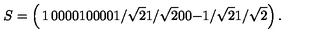
S = \left( \begin{matrix} { 1 } & { 0 } & { 0 } & { 0 } \\ { 0 } & { 1 } & { 0 } & { 0 } \\ { 0 } & { 0 } & { 1 / \sqrt { 2 } } & { 1 / \sqrt { 2 } } \\ { 0 } & { 0 } & { - 1 / \sqrt { 2 } } & { 1 / \sqrt { 2 } } \\ \end{matrix} \right) .